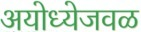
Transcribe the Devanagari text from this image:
अयोध्येजवळ